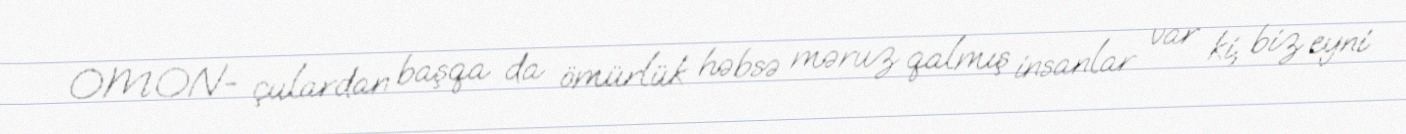
OMON- çulardan başqa da ömürlük həbsə məruz qalmış insanlar var ki, biz eyni